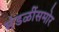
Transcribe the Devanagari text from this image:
मंडळींसमोर